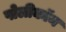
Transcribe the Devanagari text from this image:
पोलीकॉम